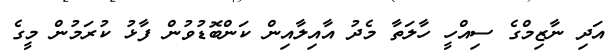
އަދި ނާޒިމްގެ ސިއްހީ ހާލަތާ މެދު އާއިލާއިން ކަންބޮޑުވުން ފާޅު ކުރަމުން މީގެ